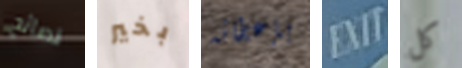
نصائح بخير بإعطائه EXIT كل